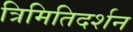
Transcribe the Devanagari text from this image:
त्रिमितिदर्शन